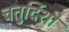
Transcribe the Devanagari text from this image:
चतुर्दिशी